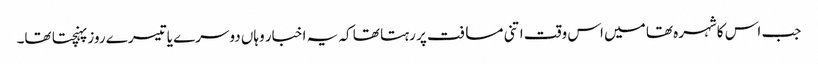
جب اس کاشہرہ تھا میں اس وقت اتنی مسافت پر رہتا تھا کہ یہ اخبار وہاں دوسرے یا تیسرے روز پہنچتا تھا۔